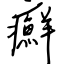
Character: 癬